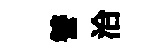
讐洽